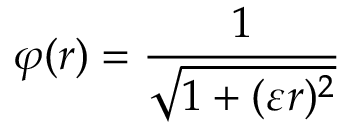
\varphi ( r ) = \frac { 1 } { \sqrt { 1 + ( \varepsilon r ) ^ { 2 } } }